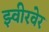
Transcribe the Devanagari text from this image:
झ्वीरवेर